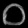
Digit: ၀